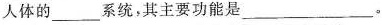
人体的___系统，其主要功能是___。